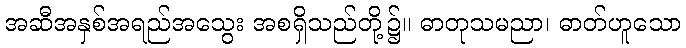
အဆီအနှစ်အရည်အသွေး အစရှိသည်တို့၌။ ဓာတုသမညာ၊ ဓာတ်ဟူသော